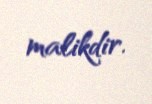
malikdir.